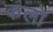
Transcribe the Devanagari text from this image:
कलो